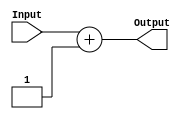
module increment
(
	input [n-1:0]Input,
	output [n-1:0]Output
);

parameter n = 5;
wire [n-1:0]product;

assign product = Input + 1;
assign Output = product;

endmodule